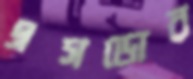
এসডোর